Report of the Hyderabad Chloroform Commission
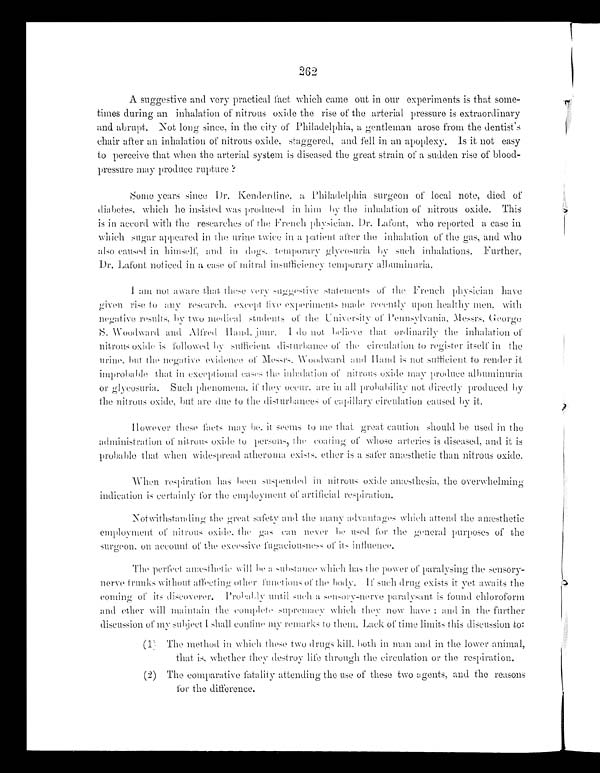
262
A suggestive and very practical fact which came out in our experiments is that some-
- t i m e s d u r i n g a n i n h a l a t i o n o f n i t r o u s o x i d e t h e r i s e o f t h e a r t e r i a l p r e s s u r e i s e x t r a o r d i n a r y
and abrupt. Not long since, in the city of Philadelphia, a gentleman arose from the dentist's
chair after an inhalation of nitrous oxide, staggered, and fell in an apoplexy. Is it not easy
to perceive that when the arterial system is diseased the great strain of a sudden rise of blood-
pressure may produce rupture?
Some year s si nce Dr . Kender di ne, a Phi l adel phi a sur geon of l ocal not e, di ed of
diabetes, which he insisted was produced in him by the inhalation of nitrous oxide. This
is in accord with the researches of the French physician. Dr. Lafont, who reported a case in
whi ch s ugar appear ed i n t he ur i ne t wi ce i n a pat i ent af t er t he i nhal at i on of t he gas , and who
also caused in himself, and in dogs. temporary glycosuria by such inhalations. Further,
D r . L a f o n t n o t i c e d i n a c a s e o f mi t r a l i n s u f f i c i e n c y t e mp o r a r y a l b u mi n u r i a .
I am not aware that suggestive statements of the French physician have
given rise to any research. except five experiments made recently upon healthy men, with
negative results, by two medical students of the University of Pennsylvania. Messrs. George
S. Woodward and Al fred Hand. j unr. I do not, bel i eve that ordi nari l y ti me i nhal ati on of
nitrous oxide is followed by sufficient disturbance of the circulation to register itself in the
urine. but the negative evidence of Messrs. Woodward and Hand is not sufficient to render it
improbable that in exceptional cases the inhalation of nitrous oxide may produce albuminuria
or glycosuria. Such phenomena, if they occur, are in all probability not directly produced by
the nitrous oxide, but are due to the disturbances of capillary circulation caused by it,
However these facts may be, it seems to me that great caution should be used in the
administration of nitrous oxide to persons, the coating of whose arteries is diseased, and it is
probable that when widespread atheroma exists, ether is a safer anæsthetic than nitrous oxide.
When respiration has been suspended in nitrous oxide anæsthesia, the overwhelming
indication is certainly for the employment of artificial respiration.
Not with standing the great safety and the many advantages which attend the anæsthetic
empl oyment of ni t rous oxi de, t he gas can never be used for t he general purposes of t he
surgeon, on account of the excessive fugaciousness of its influence.
The perfect anæsthetic will be a substance which has the power of paralysing the sensory-
nerve trunks without affecting other functions of the body. If such drug exists it yet awaits the
coming of its discoverer. Probably until such a sensory-nerve paralysant is found chloroform
and ether will maintain the complete supremacy which they now have; and in the further
discussion of my subject I shall confine my remarks to them. Lack of time limits this discussion to:
(1) The method in which these two drugs kill, both in man and in the lower animal,
that is, whether they destroy life through the circulation or the respiration.
(2) The comparative fatality attending the use of these two agents, and the reasons
for the difference.